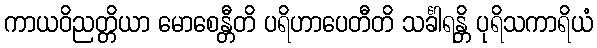
ကာယဝိညတ္တိယာ မောစေန္တီတိ ပရိဟာပေတီတိ သင်္ခါရန္တိ ပုရိသကာရိယံ